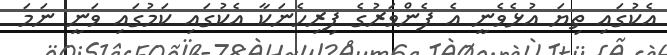
އެކުގައި ތިޔަ އުޅެވެނީ އެ ފެންވަރުގެ ފިރިހެނަކާ އެކުގައި ކަމުގައި ވަނީ ނަމަ